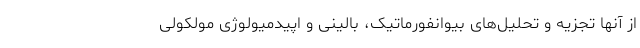
از آنها تجزیه و تحلیل‌های بیوانفورماتیک، بالینی و اپیدمیولوژی مولکولی